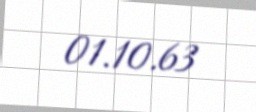
01.10.63